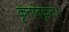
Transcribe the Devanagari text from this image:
कृतांतकृत।।